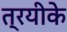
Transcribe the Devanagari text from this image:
त्रयीके